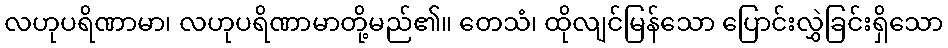
လဟုပရိဏာမာ၊ လဟုပရိဏာမာတို့မည်၏။ တေသံ၊ ထိုလျင်မြန်သော ပြောင်းလွှဲခြင်းရှိသော